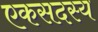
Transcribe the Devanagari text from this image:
एकसदस्य